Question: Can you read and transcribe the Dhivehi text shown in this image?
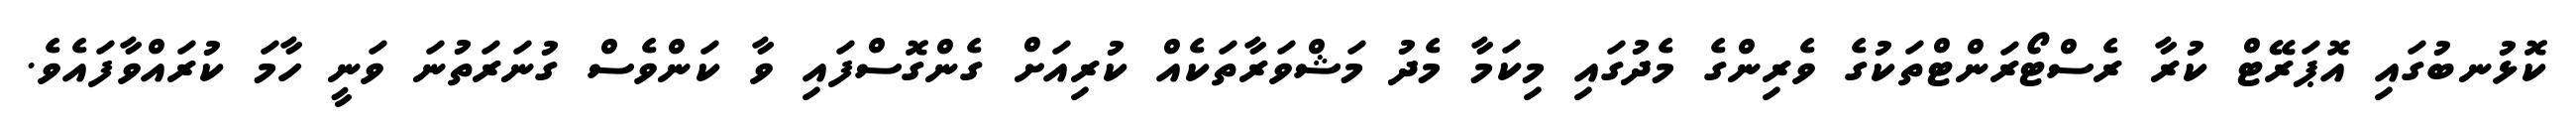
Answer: ކޮޅުނބުގައި އޮޕަރޭޓް ކުރާ ރެސްޓޯރަންޓްތަކުގެ ވެރިންގެ މެދުގައި މިކަމާ މެދު މަޝްވަރާތަކެއް ކުރިއަށް ގެންގޮސްފައި ވާ ކަންވެސް ގުނަރަތުނަ ވަނީ ހާމަ ކުރައްވާފައެވެ.